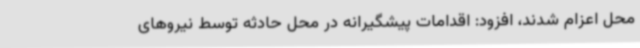
محل اعزام شدند، افزود: اقدامات پیشگیرانه در محل حادثه توسط نیروهای